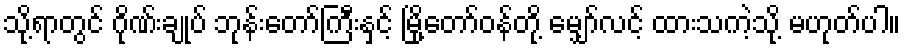
သို့ရာတွင် ဂိုဏ်းချုပ် ဘုန်းတော်ကြီးနှင့် မြို့တော်ဝန်တို့ မျှော်လင့် ထားသကဲ့သို့ မဟုတ်ပါ။